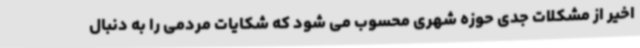
اخیر از مشکلات جدی حوزه شهری محسوب می شود که شکایات مردمی را به دنبال